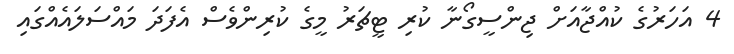
4 އަހަރުގެ ކުއްޖާއަށް ޖިންސީގޯނާ ކުރި ޓީޗަރު މީގެ ކުރިންވެސް އެފަދަ މައްސަލައެއްގައި